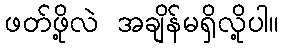
ဖတ်ဖို့လဲ အချိန်မရှိလို့ပါ။